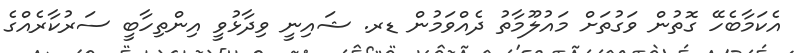
އެކަމާބެހޭ ގޮތުން ވަގުތަށް މައުލޫމާތު ދެއްވަމުން ޑރ. ޝައިނީ ވިދާޅުވީ އިންތިހާބީ ސަރުކާރެއްގެ